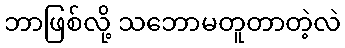
ဘာဖြစ်လို့ သဘောမတူတာတဲ့လဲ